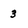
Character: 3